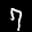
Label: 7